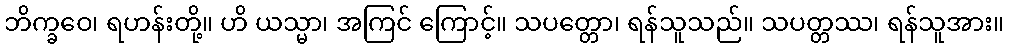
ဘိက္ခဝေ၊ ရဟန်းတို့။ ဟိ ယသ္မာ၊ အကြင် ကြောင့်။ သပတ္တော၊ ရန်သူသည်။ သပတ္တဿ၊ ရန်သူအား။